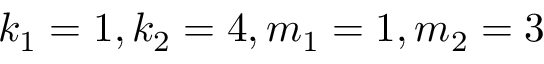
k _ { 1 } = 1 , k _ { 2 } = 4 , m _ { 1 } = 1 , m _ { 2 } = 3